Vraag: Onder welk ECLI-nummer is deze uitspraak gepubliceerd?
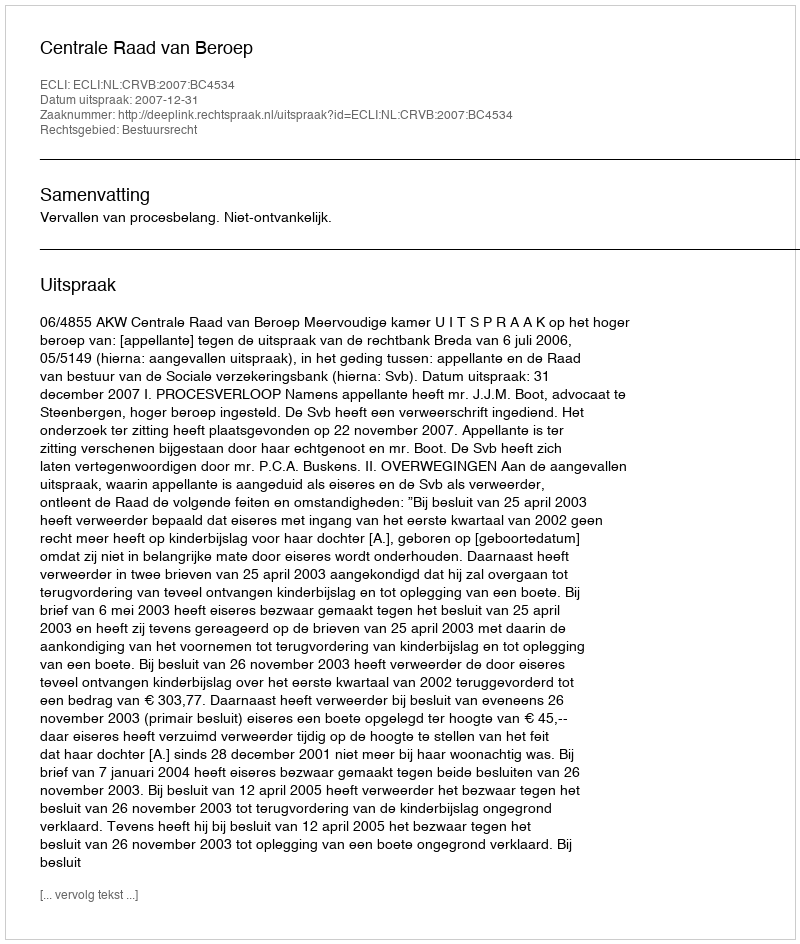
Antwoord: ECLI:NL:CRVB:2007:BC4534